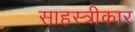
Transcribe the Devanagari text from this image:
साहस्त्रीकार